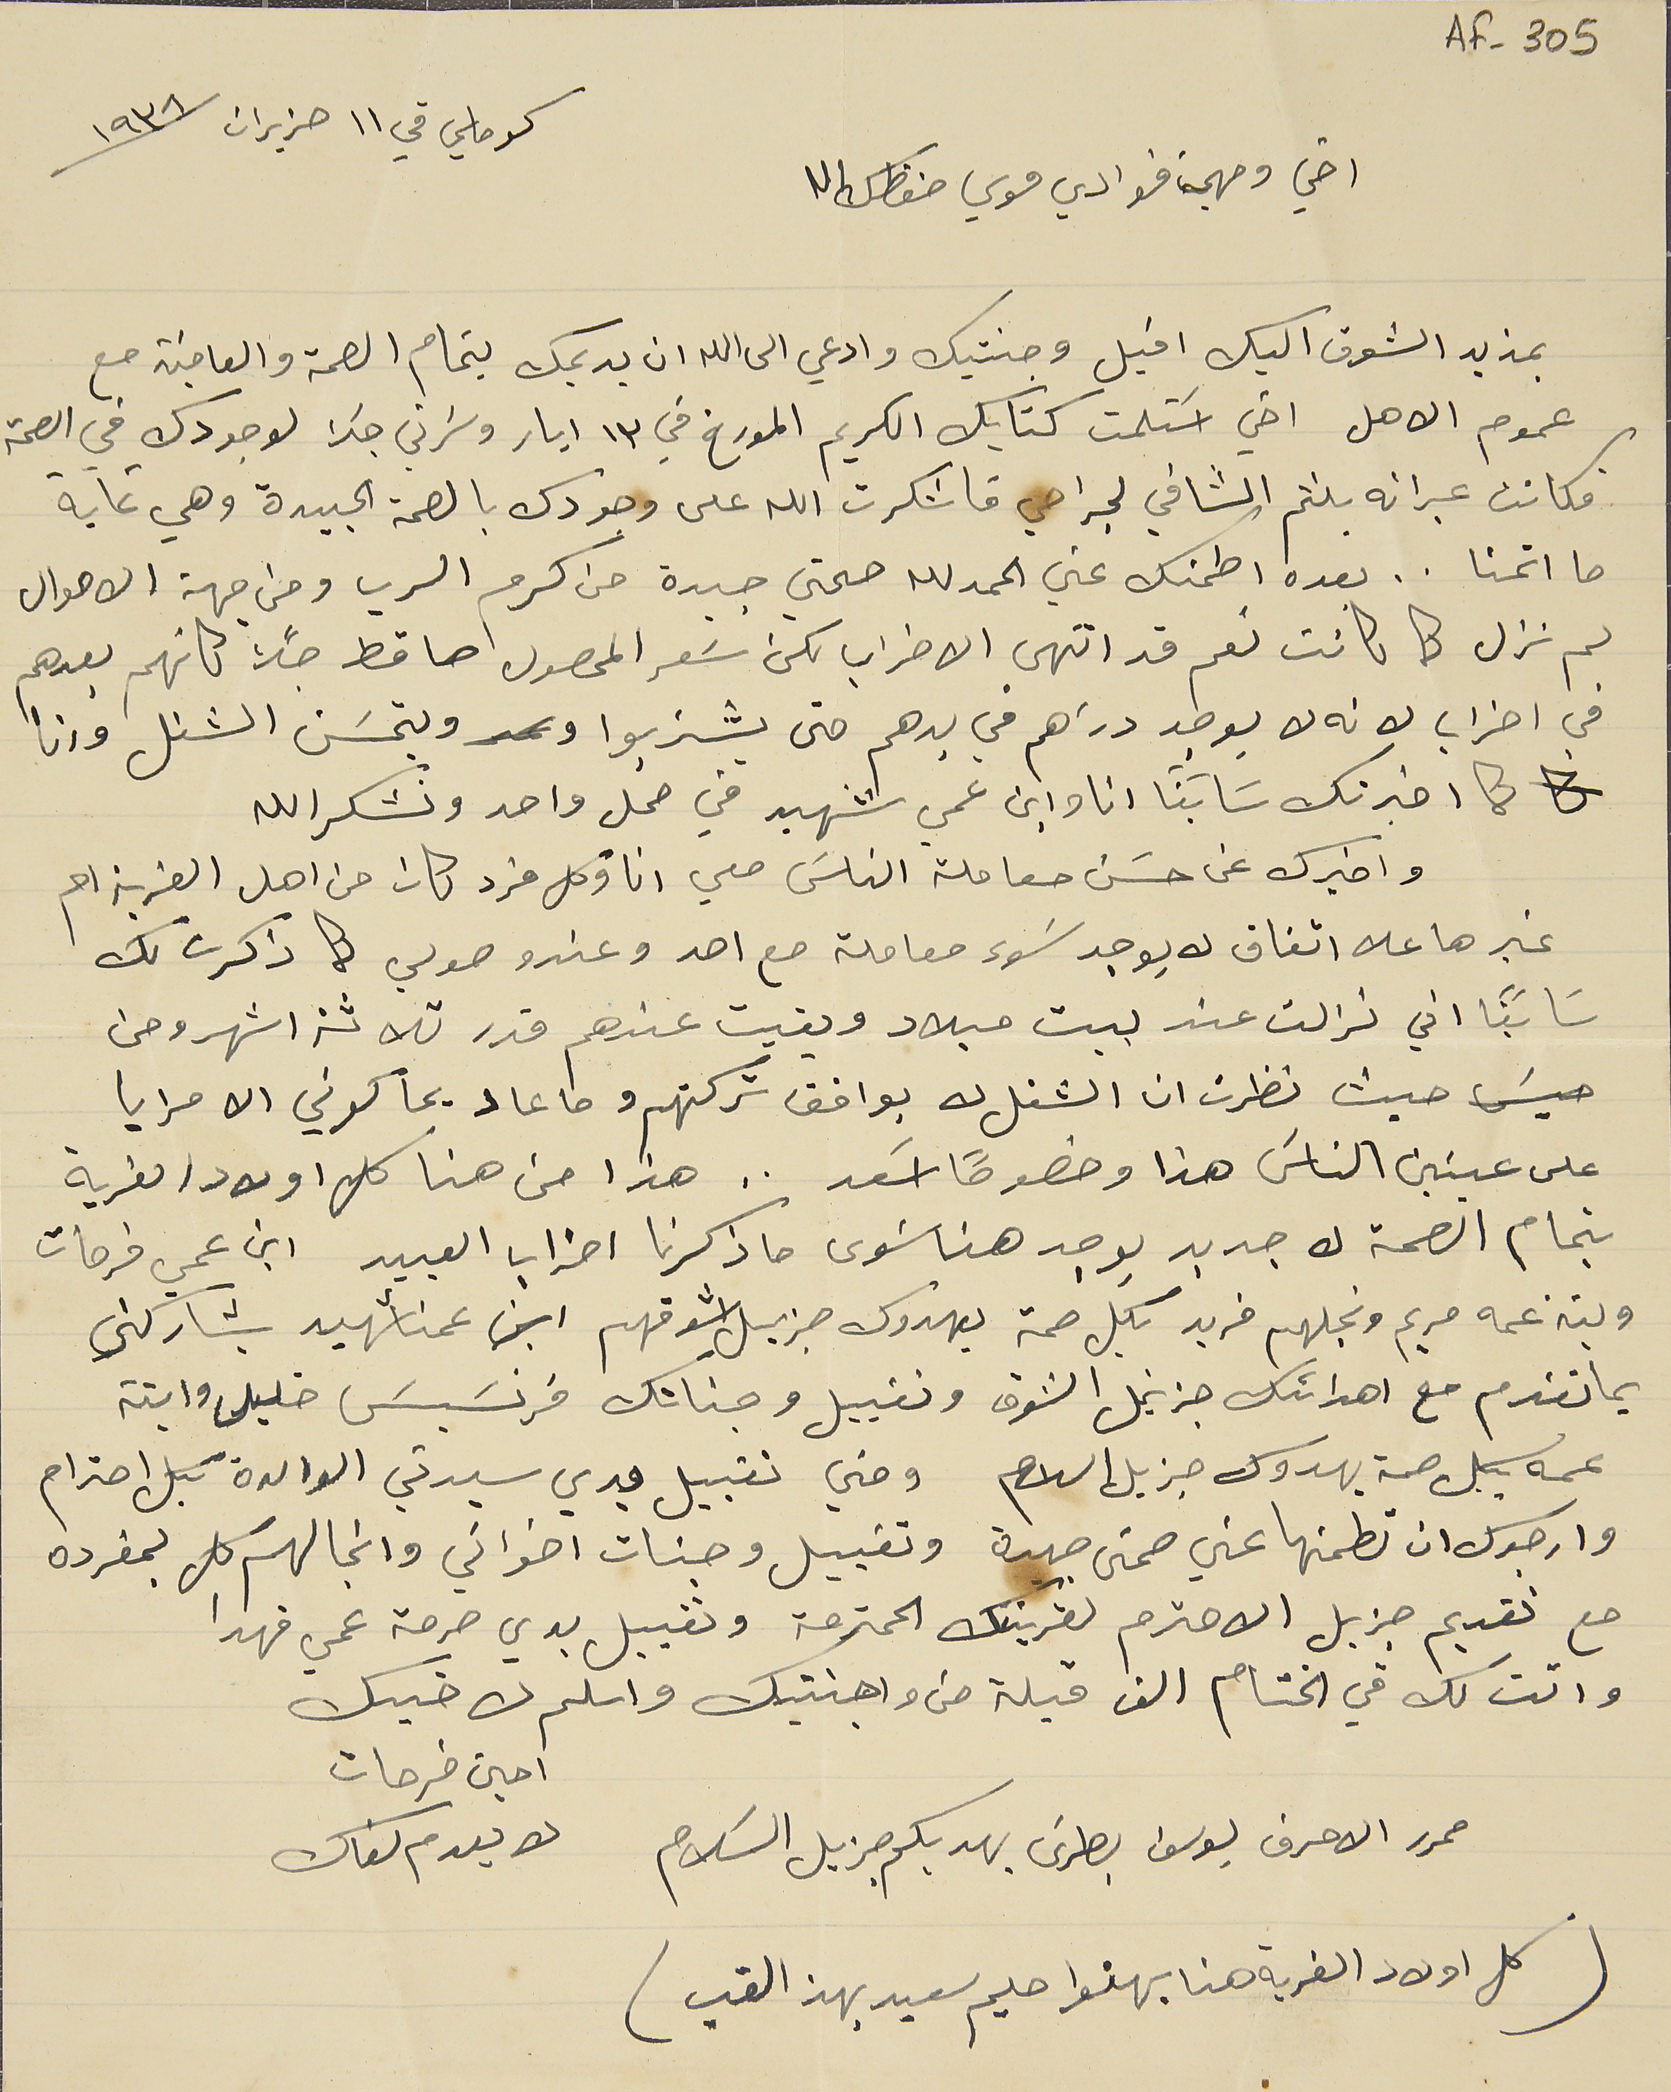
AF-305
كوماسي في ١١ حزيران سنة ١٩٣٨
اخي ومهجت فوادي موسي حفظك الله
بمزيد الشوق اليك اقبل وجنتيك وادعي الى الله ان يديمك بتمام الصحة والعافية مع
عموم الاهل اخي اسَتلمت كتابك الكريم المورخ في ١٣ ايار وسَرني جداَ لوجودك في الصحة
فكانت عبراته بلثم الشافي لجراحي فاشكرت الله على وجودك بالصحة الجيدة وهي غاية
ما اتمنا . . بعده اطمنك عني الحمدلله صحتي جيدة من كرم الرب ومن جهة الاحوال
لم تزل كما كانت نعم قد انتهى الاضراب لكن سَعر المحصول صاقط جداً كانهم بعدهم
في اضراب لانه لا يوجد دراهم في يدهم حتى يشتريوا و ويتحسَن الشغل وانا
كما اخبرتك سَابقاً انا وابن عمي شهيد في محل واحد ونشكرالله
واخبرك عن حسَن معاملة الناسَ معي انا وكل فرد كان من اهل القرية ام
غيرها علا اتفاق لا يوجد سَوء معاملة مع احد وعند وصولي كما ذكرت لك
 سَابقاً اني نزلت عند بيت ميلاد وبقيت عندهم قدر ثلاثة اشهر ومن
حيث نظرت ان الشغل لا يوافق تركتهم وما عاد يحاكوني الا مرايا
على عينين الناسَ هذا وخصوصاً اسعد . . هذا من هنا كل اولاد القرية
بتمام الصحة لا جديد يوجد هنا سَوى ما ذكرنا اضراب العبيد ابن عمي فرحات
وبنة عمه مريم ونجلهم فريد بكل صحة يهدوك جزيل اشواقهم ابن عمنا شهيد يشاركني
بما تقدم مع اهدائك جزيل الشوق وتقبيل وجناتك فرنسَيسَ خليل وابنة
عمه بكل صحة يهدوك جزيل السلام ومني تقبيل يدي سيدتي الوالدة بكل احترام
وارجوك ان تطمنها عني صحتى جيدة وتقبيل وجنات اخواتي وانجالهم كل بمفرده
مع تقديم جزيل الاحترام لقرينتك المحترمة وتقبيل يدي حرمة عمي فهدا
واتت لك في الختام الف قبلة من واجنتيك واسلم لاخيك
امين فرحات لا يعدم لقاك
محرر الاحرف يوسف بطرسَ يهديكم جزيل السَلام
(كل اولاد القرية هنا يهنوا حليم سعيد بهذا القب)